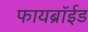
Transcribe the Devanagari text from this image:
फायब्रॉईड